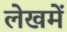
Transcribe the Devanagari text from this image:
लेखमें